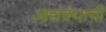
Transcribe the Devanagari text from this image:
आद्यग्रंथाची